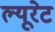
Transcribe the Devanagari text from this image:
ल्यूरेट